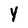
Character: Y